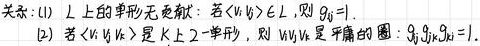
关系: (1) $L$ 上的单形无贡献: 若 $\langle v_i v_j\rangle \in L$, 则 $g_{ij}=1$.
(2) 若 $\langle v_i v_j v_k\rangle$ 是 $K$ 上 2 - 单形, 则 $W_{ijk}$ 是平庸的圈: $g_{ij} g_{jk} g_{ki}=1$.